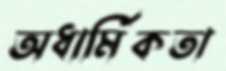
অধার্মিকতা